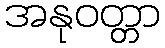
အနုဝတ္တာ